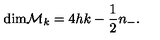
\mathrm { d i m } { \cal M } _ { k } = 4 h k - { \frac { 1 } { 2 } } n _ { - } .